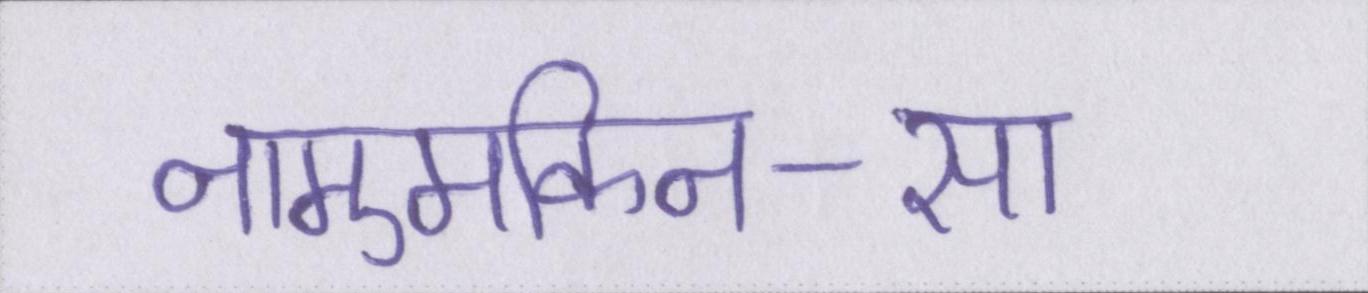
नामुमकिन-सा